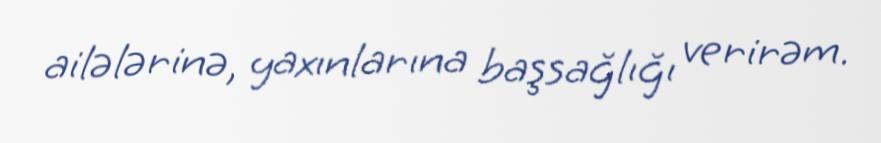
ailələrinə, yaxınlarına başsağlığı verirəm.